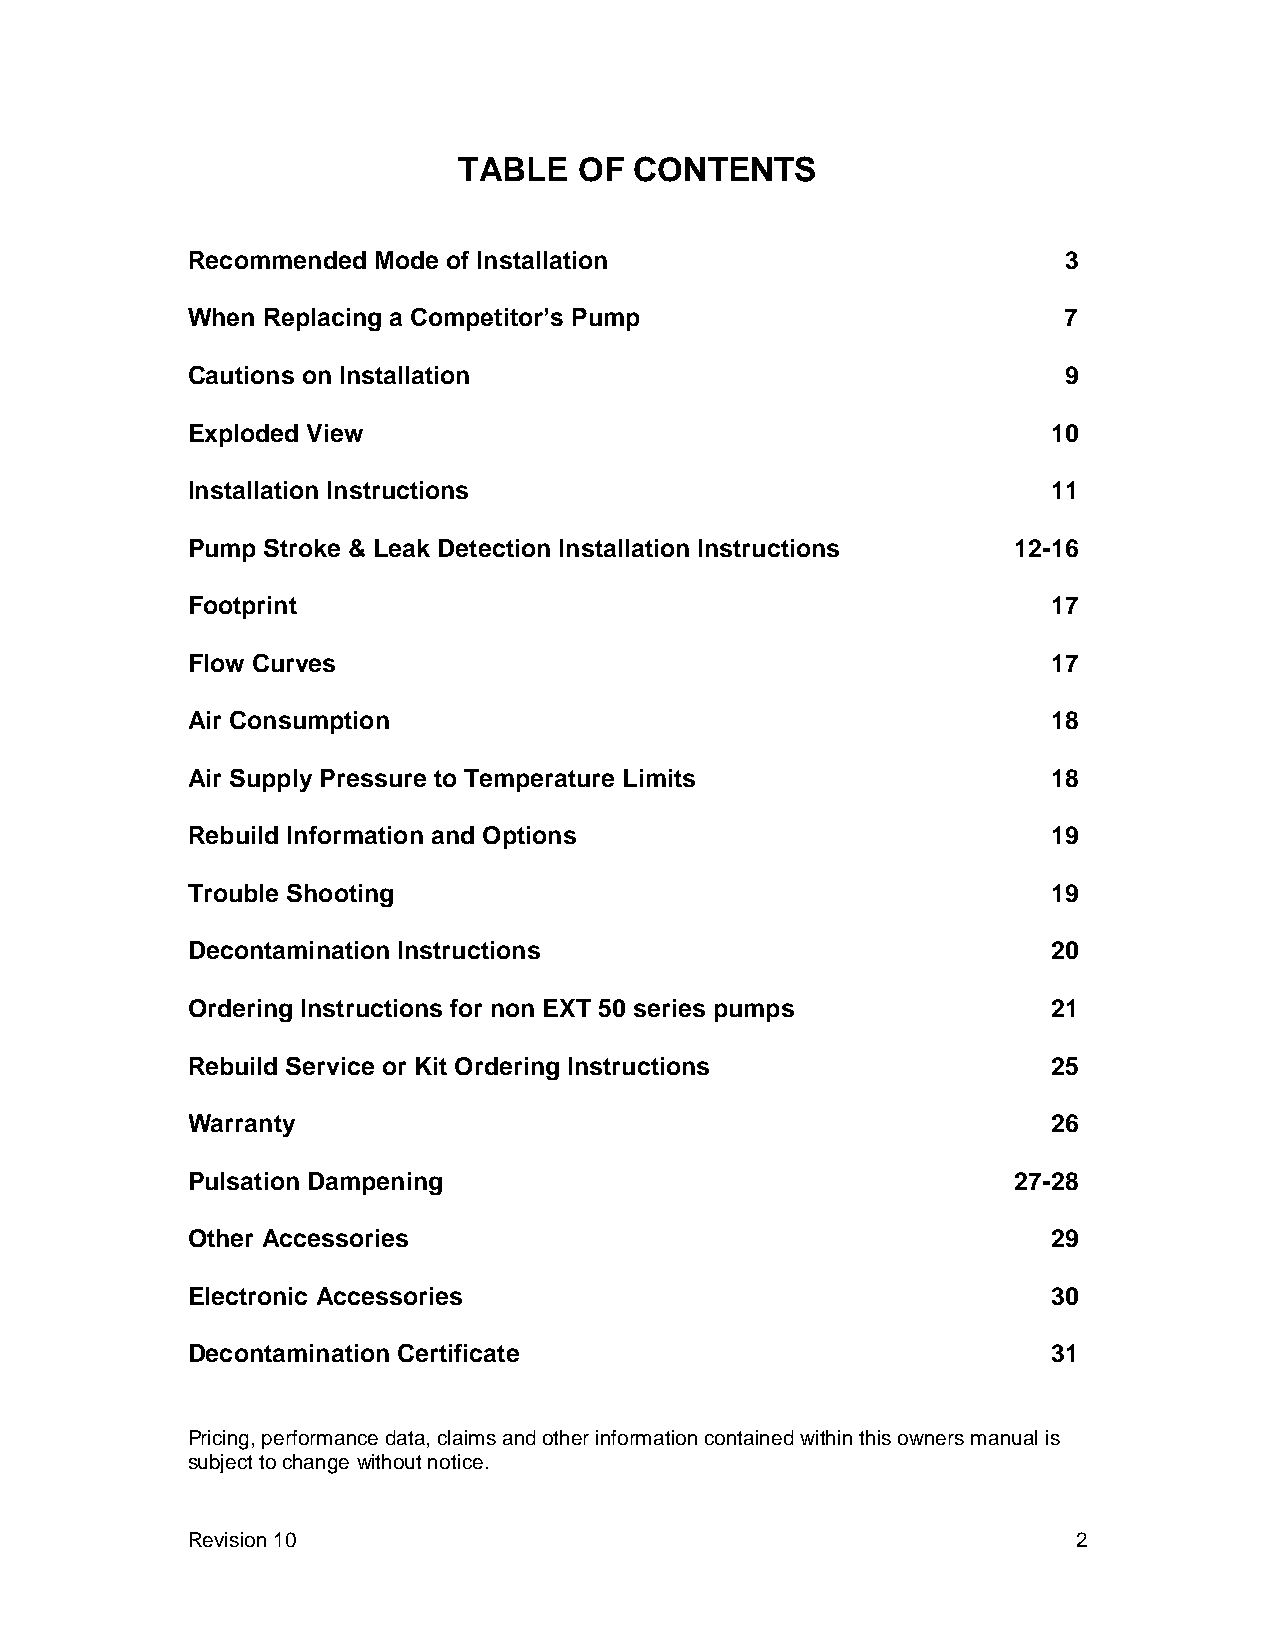
TABLE   OF  CONTENTS
 Recommended  Mode of Installation                         3
 When Replacing a Competitor’s Pump                        7
 Cautions on Installation                                  9
 Exploded View                                             10
 Installation Instructions                                 11
 Pump Stroke & Leak Detection Installation Instructions 12-16
 Footprint                                                 17
 Flow Curves                                               17
 Air Consumption                                           18
 Air Supply Pressure to Temperature Limits                 18
 Rebuild Information and Options                           19
 Trouble Shooting                                          19
 Decontamination Instructions                              20
 Ordering Instructions for non EXT 50 series pumps         21
 Rebuild Service or Kit Ordering Instructions              25
 Warranty                                                  26
 Pulsation Dampening                                    27-28
 Other Accessories                                         29
 Electronic Accessories                                    30
 Decontamination Certificate                               31
 Pricing, performance data, claims and other information contained within this owners manual is
 subject to change without notice.
 Revision 10                                                2